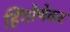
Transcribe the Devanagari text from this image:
हिंगोणेकर